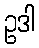
ဥဒါ